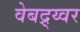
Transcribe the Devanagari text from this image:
वेबद्र्य्वर